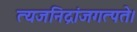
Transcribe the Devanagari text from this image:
त्यजनिद्रांजगत्पते।